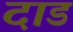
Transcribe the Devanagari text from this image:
दाड